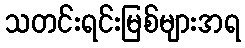
သတင်းရင်းမြစ်များအရ